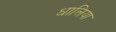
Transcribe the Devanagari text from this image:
धालिया